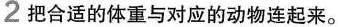
2把合适的体重与对应的动物连起来。